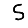
Digit: 5